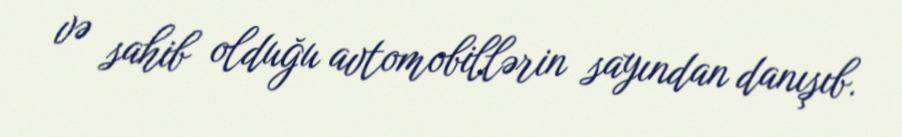
və sahib olduğu avtomobillərin sayından danışıb.